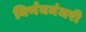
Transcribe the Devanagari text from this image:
निर्णयमंजरी